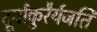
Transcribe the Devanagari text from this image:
दूर्वांकुरैर्यजति